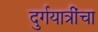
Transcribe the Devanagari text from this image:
दुर्गयात्रींचा